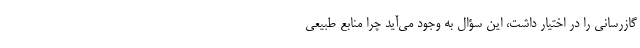
گازرسانی را در اختیار داشت، این سؤال به وجود می‌آید چرا منابع طبیعی